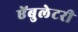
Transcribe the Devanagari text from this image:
ऐंबुलेटरी